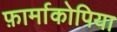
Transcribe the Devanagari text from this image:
फ़ार्माकोपिया